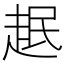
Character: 𧻎